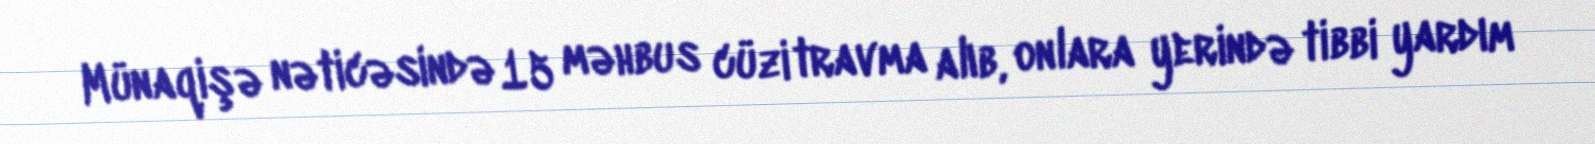
Münaqişə nəticəsində 15 məhbus cüzi travma alıb, onlara yerində tibbi yardım